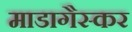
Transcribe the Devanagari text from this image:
माडागैस्कर